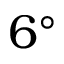
6 ^ { \circ }